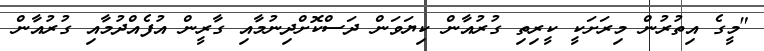
"މީގެ އިތުރުން މިރަށަކީ ކީރިތި ގުރުއާން ކިޔަވަން ދަސްކޮށްދިނުމާއި ގާރީން އުފެއްދުމާއި ގުރުއާން